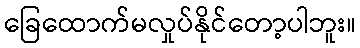
ခြေထောက်မလှုပ်နိုင်တော့ပါဘူး။